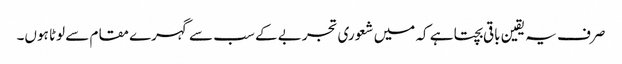
صرف یہ یقین باقی بچتا ہے کہ میں شعوری تجربے کے سب سے گہرے مقام سے لوٹا ہوں۔